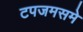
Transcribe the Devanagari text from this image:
टपजमसमे